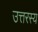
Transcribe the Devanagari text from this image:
उत्तरस्य